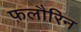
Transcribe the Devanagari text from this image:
फ़लौरिन